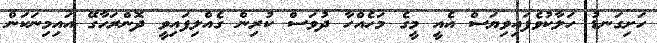
ހަށިގަނޑު ހަލާކުވެފައިވިޔަސް އެއީ މީގެ މަހެއްހާ ދުވަސް ކުރިން ގެއްލިފައިވީ ދޮންރަހާގޭ އައިމިނަކަން